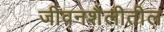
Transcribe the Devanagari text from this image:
जीवनशैलीतील